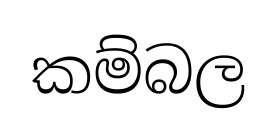
කම්බල